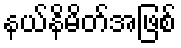
နယ်နိမိတ်အဖြစ်